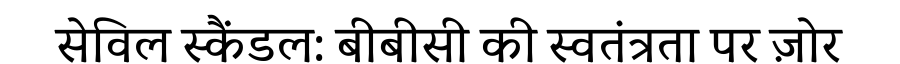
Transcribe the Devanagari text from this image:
सेविल स्कैंडल: बीबीसी की स्वतंत्रता पर ज़ोर